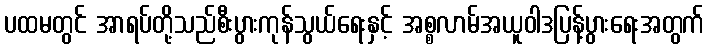
ပထမတွင် အာရပ်တို့သည်စီးပွားကုန်သွယ်ရေးနှင့် အစ္စလာမ်အယူဝါဒပြန့်ပွားရေးအတွက်